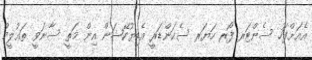
އެއަށްފަހު ސެންޓަރ ފޯރ ހަޔަރ ސެކަންޑަރީ އެޑިޔުކޭޝަން އިން މަތީ ސާނަވީ ތަޢުލީމު